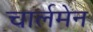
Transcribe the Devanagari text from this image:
चार्लमेन